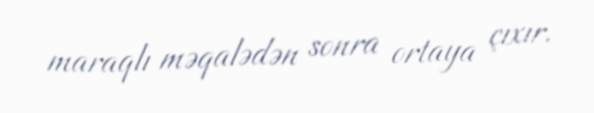
maraqlı məqalədən sonra ortaya çıxır.